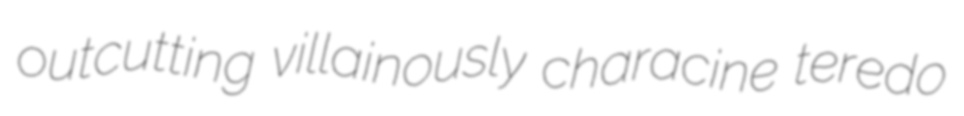
outcutting villainously characine teredo